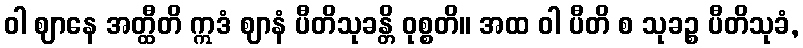
ဝါ ဈာနေ အတ္ထီတိ ဣဒံ ဈာနံ ပီတိသုခန္တိ ဝုစ္စတိ။ အထ ဝါ ပီတိ စ သုခဉ္စ ပီတိသုခံ,